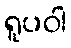
ရူပဝါ